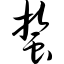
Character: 蜇